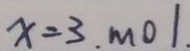
x = 3 . m o l .